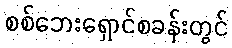
စစ်ဘေးရှောင်စခန်းတွင်